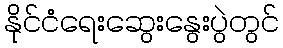
နိုင်ငံရေးဆွေးနွေးပွဲတွင်